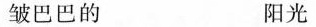
皱巴巴的 阳光